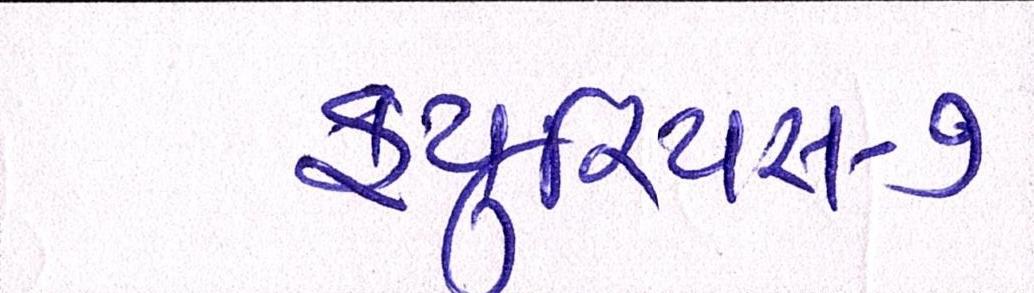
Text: ફ્યુરિયસ-૭